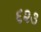
૬૨૩